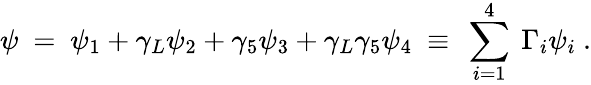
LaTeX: \psi\ =\ \psi_{1}+\gamma_{L}\psi_{2}+\gamma_{5}\psi_{3}+\gamma_{L}\gamma_{5}\psi_{4}\ \equiv\ \sum_{i=1}^{4}\ \Gamma_{i}\psi_{i}\ .